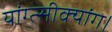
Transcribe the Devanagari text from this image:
यांग्त्सीक्यांग।